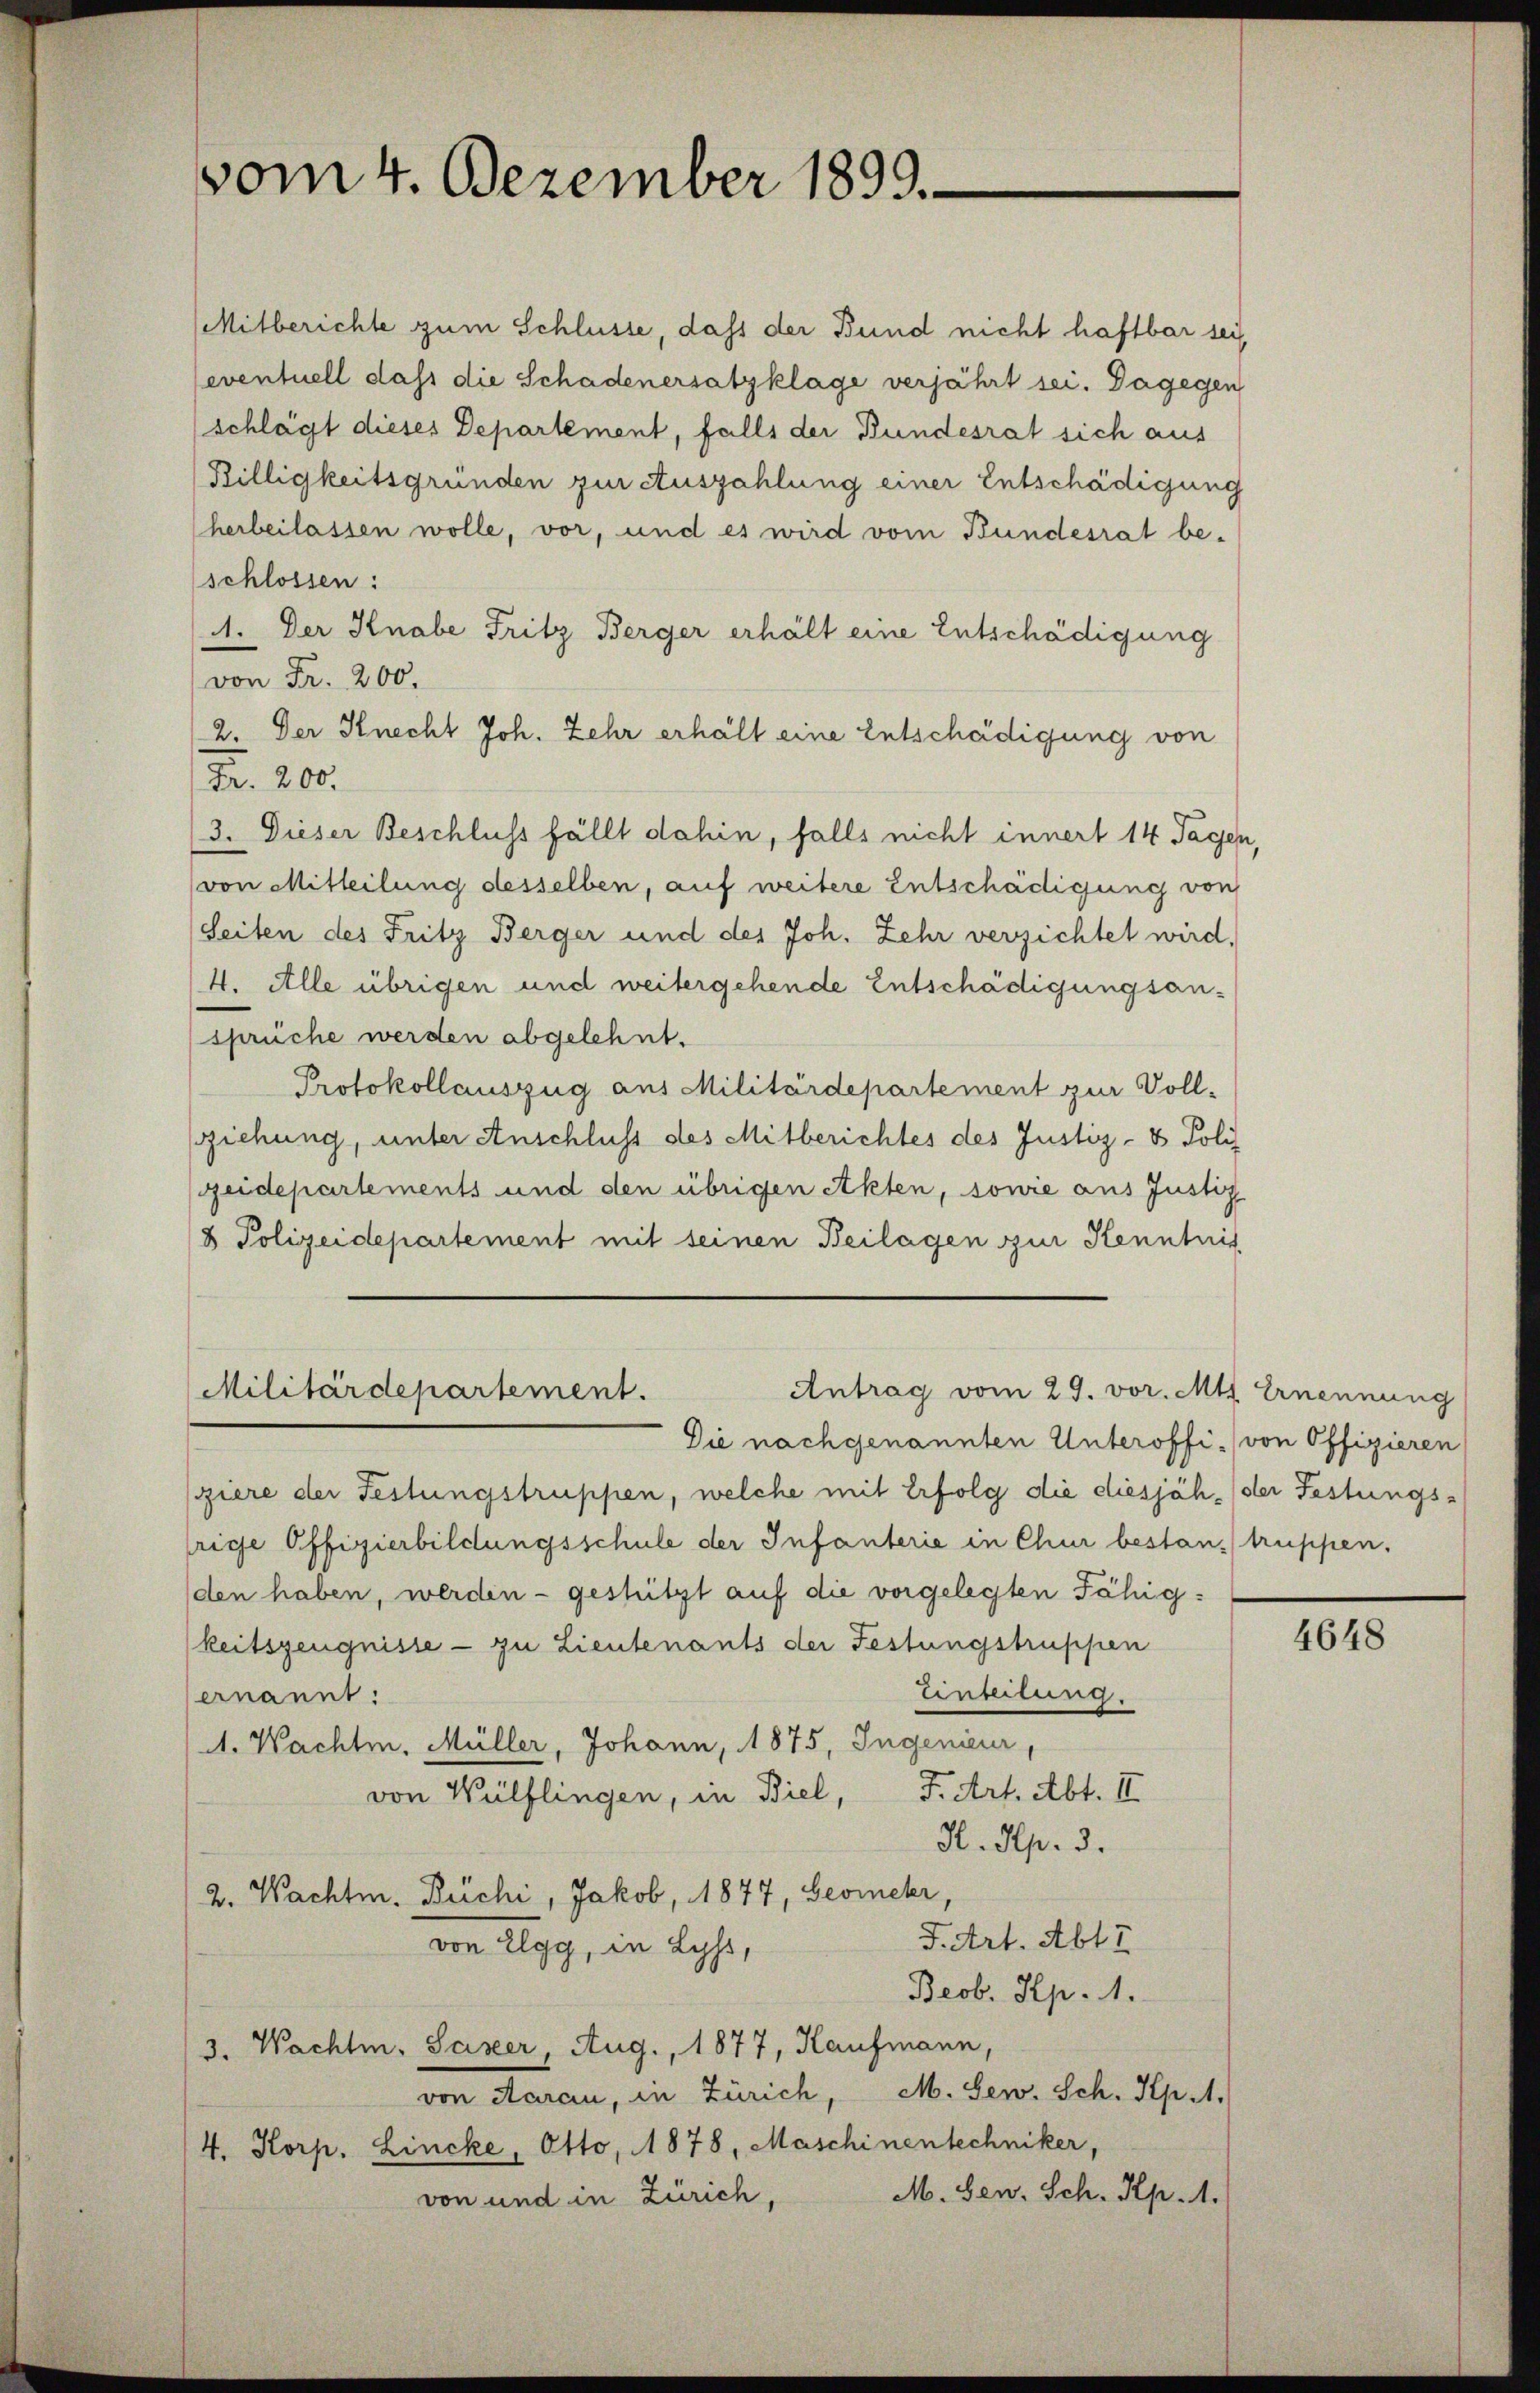
vom 4. Dezember 1899.

Mitberichte zum Schlüsse, dass der Bund nicht haftbar sei,
eventuell dass die Schadenersatzklage verjährt sei. Dagegen
(schlägt dieses Departement, falls der Bundesrat sich aus
Billigkeitsgründen zur Auszahlung einer Entschädigung
herbeilassen wolle, vor, und es wird vom Bundesrat be-
schlossen:
A. Der Knabe Fritz Berger erhält eine Entschädigung
von Fr. 200.
2. Der Knecht Joh. Zehr erhält eine Entschädigung von
Fr. 200.
(3. Dieser Beschluss fällt dahin, falls nicht innert 14 Tagen,
(von Mitteilung desselben, auf weitere Entschädigung von
(Seiten des Fritz Berger und des Joh. Zehr verzichtet wird,
4. Alle übrigen und weitergehende Entschädigungsansprüche werden abgelehnt.
Protokollauszug aus Militärdepartement zur Voll-
gziehung, unter Anschluss des Mitberichtes des Justiz- & Poli
eidepartements und den übrigen Akten, sowie aus Justiz
8 Polizeidepartement mit seinen Beilagen zur Kenntnis

Militärdepartement.

Die nach genannten Unteroffi ./ von Offizieren
ziere der Festungstruppen, welche mit Erfolg die diesjäh, der Festungsrige Offizierbildungsschule der Infanterie in Chur bestand truppen.
den haben, werden - gestützt auf die vorgelegten Fähig-
keitszeugnisse - zu Lieutenants der Festungstruppen
Einteilung.
ernannt:
A. Wachte. Müller, Johann, 1875, Ingenieur,
F. Art. Abt. II
von Wülflingen, in Biel,
H. Sep. 3.
2. Wachte. Büchi, Jakob, 1877, Geomehr,
J. Art. Abtr
von Elgg, in Lehr,
Beob. Rp. 1.
3. Wacht. Saxer, Aug., 1877, Kaufmann,
von Aarau, in Zürich, M. Sew. Sch. Hp.1.
4. Korp. Lincke, Otto, 1878, Maschinentechniker,
M. Gen. Sch. Rp. 1.
von und in Zürich,

Antrag vom 29. vor. Mts. Ernennung

4648